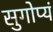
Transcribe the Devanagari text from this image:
सुगोप्यं